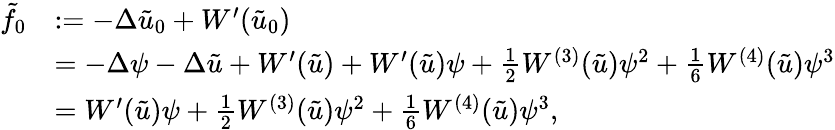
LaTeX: \begin{array}{rl}{\tilde{f}_{0}}&{:=-\Delta\tilde{u}_{0}+W^{\prime}(\tilde{u}_{0})}\\ &{=-\Delta\psi-\Delta\tilde{u}+W^{\prime}(\tilde{u})+W^{\prime}(\tilde{u})\psi+\frac{1}{2}W^{(3)}(\tilde{u})\psi^{2}+\frac{1}{6}W^{(4)}(\tilde{u})\psi^{3}}\\ &{=W^{\prime}(\tilde{u})\psi+\frac{1}{2}W^{(3)}(\tilde{u})\psi^{2}+\frac{1}{6}W^{(4)}(\tilde{u})\psi^{3},}\end{array}